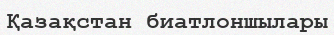
Қазақстан биатлоншылары